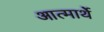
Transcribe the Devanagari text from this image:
आत्मार्थे